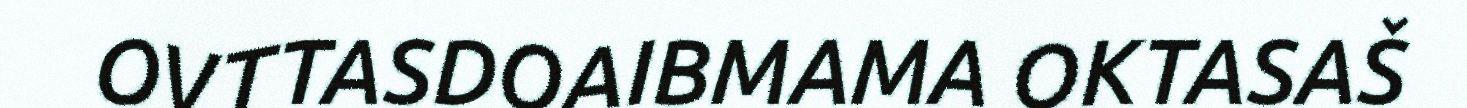
OVTTASDOAIBMAMA OKTASAŠ